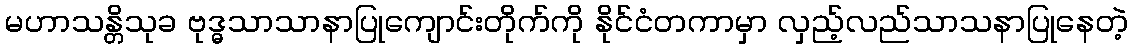
မဟာသန္တိသုခ ဗုဒ္ဓသာသာနာပြုကျောင်းတိုက်ကို နိုင်ငံတကာမှာ လှည့်လည်သာသနာပြုနေတဲ့